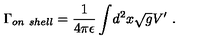
{ \Gamma _ { o n \ s h e l l } } = { \frac { 1 } { 4 \pi \epsilon } } \int \! d ^ { 2 } x \sqrt { g } V ^ { \prime } \ .